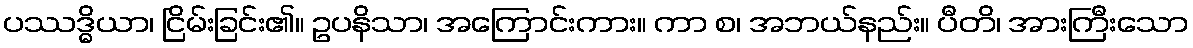
ပဿဒ္ဓိယာ၊ ငြိမ်းခြင်း၏။ ဥပနိသာ၊ အကြောင်းကား။ ကာ စ၊ အဘယ်နည်း။ ပီတိ၊ အားကြီးသော